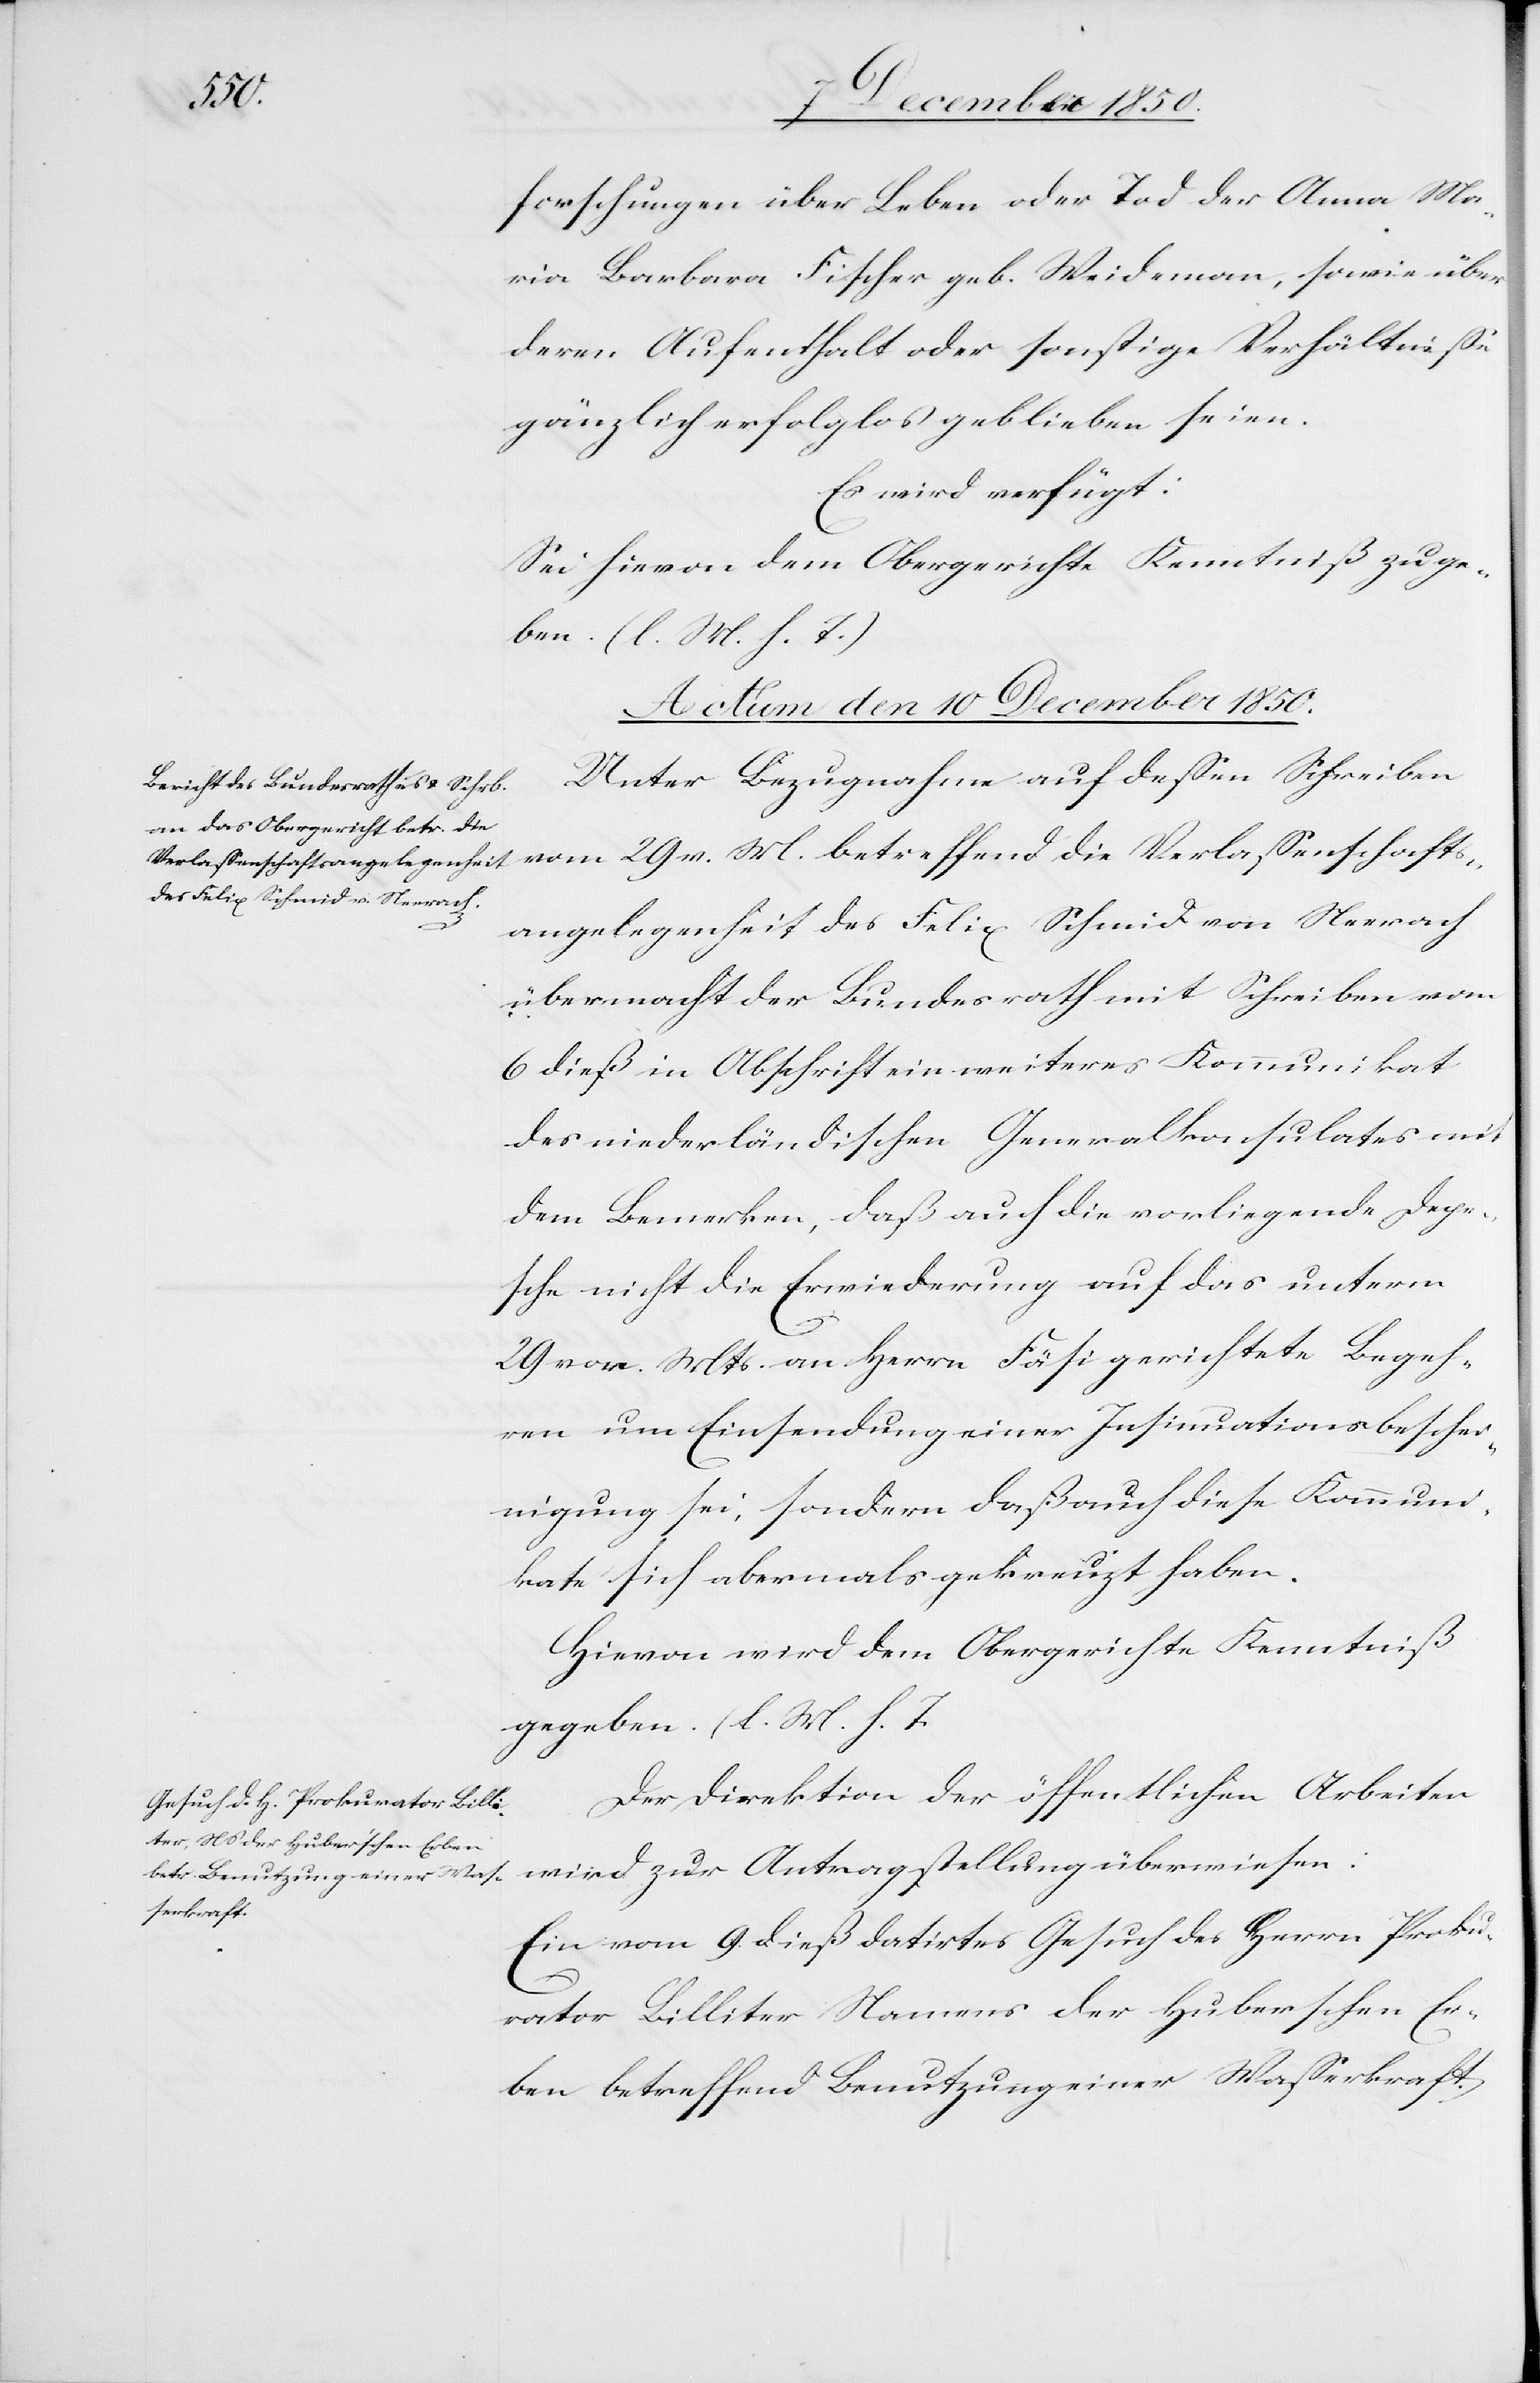
die
forschungen über Leben oder Tod der Anna Ma¬
ria Barbara Fischer geb. Weideman [sic!], sowie über
deren Aufenthalt oder sonstige Verhältnisse
gänzlich erfolglos geblieben seien.
Es wird verfügt:
Sei hievon dem Obergerichte Kenntniß zu ge¬
ben. (l. M. h. T.)
Actum den 10 December 1850.]
Unter Bezugnahme auf dessen Schreiben
Verlassenschaftsangelegenheit des Felix Schmid von Neerach übermacht der Bundesrath
6 dieß in Abschrift ein weiteres Kommunikat
des niederländischen Generalkonsulates mit
dem Bemerken, daß auch die vorliegende Depe¬
sche nicht die Erwiederung auf das unterm
29 vor. Mts. an Herrn Fäsi gerichtete Begeh¬
ren um Einsendung einer Insinuationsbeschei¬
nigung sei, sondern daß auch diese Kommuni¬
kate sich abermals gekreuzt haben.
Hievon wird dem Obergerichte Kenntniß
gegeben. (l. M. h. T.[)]
Der Direktion der öffentlichen Arbeiten
wird zur Antragstellung überwiesen:
Ein vom 9 dieß datirtes Gesuch des Herrn Proku¬
rator Billiter Namens der Huberschen Er¬
ben betreffend Benutzung einer Wasserkraft.